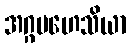
အဂ္ဂမဟေသိယာ